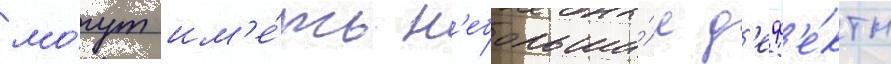
мо́гут им'е́ть н'ебольши́е д'еф'е́кты